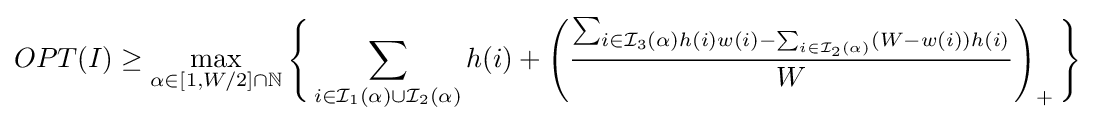
OPT(I)\geq \max _{\alpha \in [1,W/2]\cap \mathbb {N} }{\Bigg \{}\sum _{i\in {\mathcal {I}}_{1}(\alpha )\cup {\mathcal {I}}_{2}(\alpha )}h(i)+\left({\frac {\sum _{i\in {\mathcal {I}}_{3}(\alpha )h(i)w(i)-\sum _{i\in {\mathcal {I}}_{2}(\alpha )}(W-w(i))h(i)}}{W}}\right)_{+}{\Bigg \}}